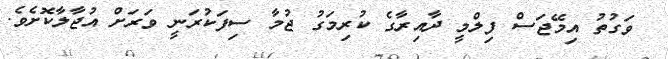
ވަގުތު އިމޭޖަސް ފިލްމީ ދާއިރާގެ ކުރިމަގު ޖުމާ ސިފަކުރަނީ ވަރަށް އުޖާލާކޮށެވެ.